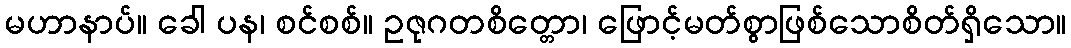
မဟာနာပ်။ ခေါ ပန၊ စင်စစ်။ ဥဇုဂတစိတ္တော၊ ဖြောင့်မတ်စွာဖြစ်သောစိတ်ရှိသော။